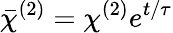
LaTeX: \bar{\chi}^{(2)}=\chi^{(2)}e^{t/\tau}